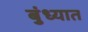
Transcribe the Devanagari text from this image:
बुंध्यात